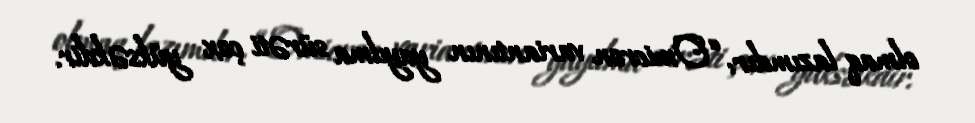
olmaq lazımdır: “Omicron variantının yayılma sürəti çox yüksəkdir.